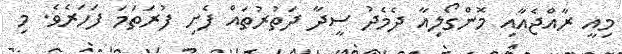
މިއީ ރާއްޖެއާއި މޮންގޯލިއާ ދެމެދު ސީދާ ދަތުރުތައް ފެށި ފުރަތަމަ ފަހަރެވެ. މި